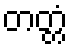
တတ္တံ